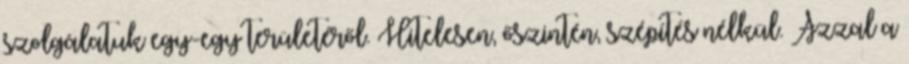
szolgálatuk egy-egy területéről. Hitelesen, őszintén, szépítés nélkül. Azzal a